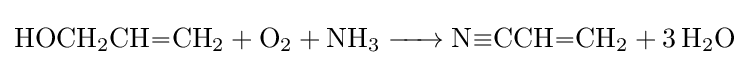
{\ce {HOCH2CH=CH2 + O2 + NH3 -> N#CCH=CH2 + 3 H2O}}